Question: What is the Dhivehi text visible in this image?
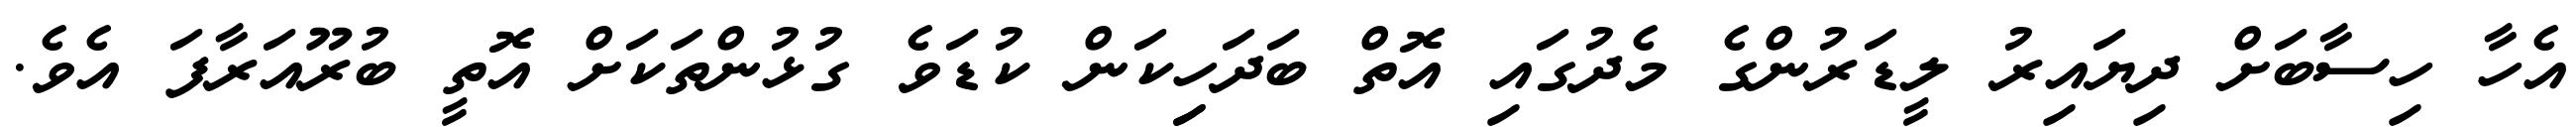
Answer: އެހާ ހިސާބަށް ދިޔައިރު ލީޑަރުންގެ މެދުގައި އޮތް ބަދަހިިކަން ކުޑަވެ ގުޅުންތަކަށް އޮތީ ބުރޫއަރާފަ އެވެ.